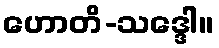
ဟောတိ-သဒ္ဒေါ။